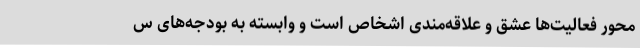
محور فعالیت‌ها عشق و علاقه‌مندی اشخاص است و وابسته به بودجه‌های س